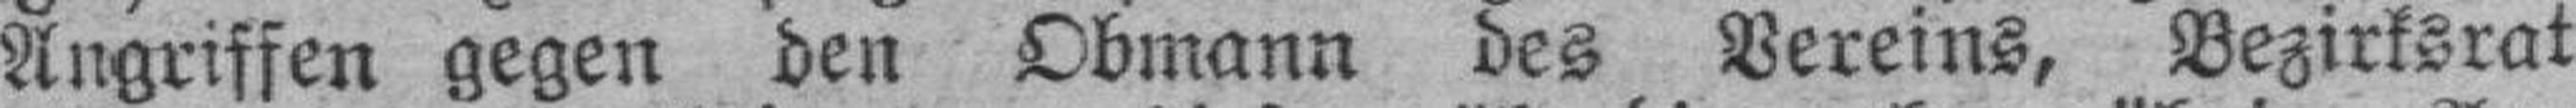
Angriffen gegen den Obmann des Vereins, Bezirksrat